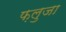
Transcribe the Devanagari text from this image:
फ़लुजा